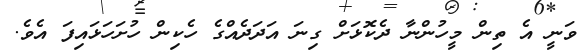
ވަނީ އެ ތިން މީހުންނާ ދެކޮޅަށް ގިނަ އަދަދެއްގެ ހެކިން ހުށަހަޅައިފަ އެވެ.